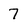
Character: 7